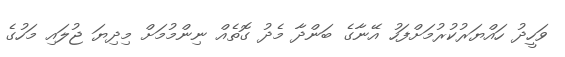
ވަހީދު ހައްޔަރުކުރުމަށްފަހު އޭނާގެ ބަންދާ މެދު ގޮތެއް ނިންމުމަށް މިދިޔަ ޖުލައި މަހުގެ